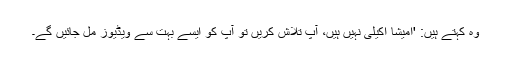
وہ کہتے ہیں: 'امیشا اکیلی نہیں ہیں، آپ تلاش کریں تو آپ کو ایسے بہت سے ویڈیوز مل جائیں گے۔